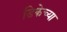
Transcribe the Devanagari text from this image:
डिकेच्या